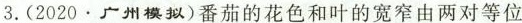
3.(2020.广州模拟)番茄的花色和叶的宽窄由两对等位